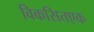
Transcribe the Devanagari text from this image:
विकसितएक